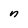
Character: n